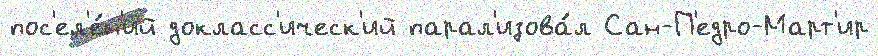
пос'ел'е́н'ий докласс'ическ'ий парал'изова́л Сан-П'едро-Март'ир